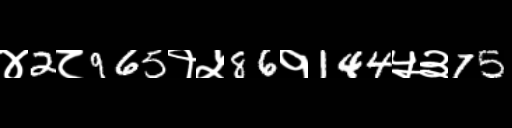
Text: ४2८965१५86१144५३75